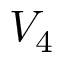
V _ { 4 }